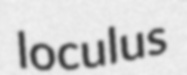
loculus